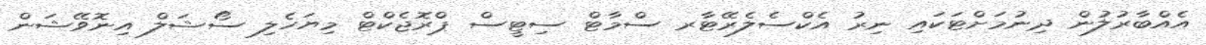
އެއްބާރުލުން ދިނުމަށްޓަކައި ނިރު އެކްސެލެރޭޓާރ ސްމާޓް ސިޓީސް ޕްރޮޖެކްޓް މިޔަހެލި ސޯޝަލް އިނޮވޭޝަން